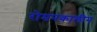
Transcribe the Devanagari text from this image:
रोमनकालीन